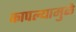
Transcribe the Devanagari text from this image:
कापल्यामुळे